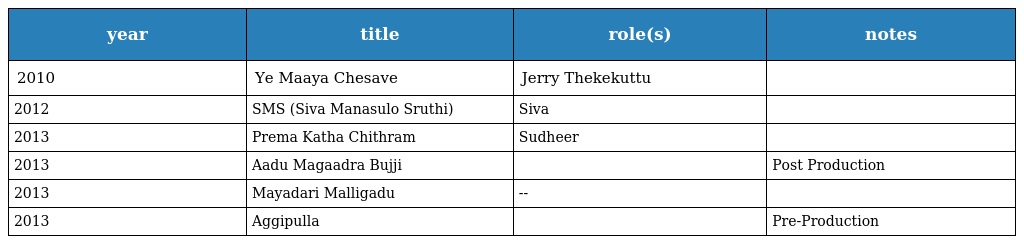
| year | title | role(s) | notes |
 | --- | --- | --- | --- |
 | 2010 | Ye Maaya Chesave | Jerry Thekekuttu |  |
 | 2012 | SMS (Siva Manasulo Sruthi) | Siva |  |
 | 2013 | Prema Katha Chithram | Sudheer |  |
 | 2013 | Aadu Magaadra Bujji |  | Post Production |
 | 2013 | Mayadari Malligadu | -- |  |
 | 2013 | Aggipulla |  | Pre-Production |